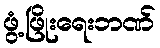
ဖွံ့ဖြိုးရေးဘဏ်